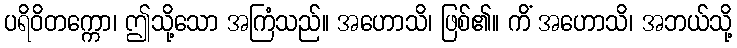
ပရိဝိတက္ကော၊ ဤသို့သော အကြံသည်။ အဟောသိ၊ ဖြစ်၏။ ကိံ အဟောသိ၊ အဘယ်သို့